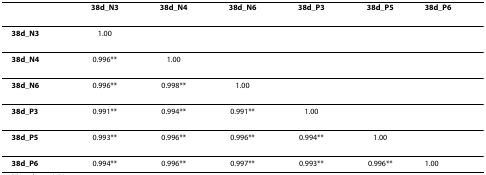
<table><thead><tr><td></td><td><b>38d_N3</b></td><td><b>38d_N4</b></td><td><b>38d_N6</b></td><td><b>38d_P3</b></td><td><b>38d_P5</b></td><td><b>38d_P6</b></td></tr></thead><tbody><tr><td><b>38d_N3</b></td><td>1.00</td><td></td><td></td><td></td><td></td><td></td></tr><tr><td><b>38d_N4</b></td><td>0.996**</td><td>1.00</td><td></td><td></td><td></td><td></td></tr><tr><td><b>38d_N6</b></td><td>0.996**</td><td>0.998**</td><td>1.00</td><td></td><td></td><td></td></tr><tr><td><b>38d_P3</b></td><td>0.991**</td><td>0.994**</td><td>0.991**</td><td>1.00</td><td></td><td></td></tr><tr><td><b>38d_P5</b></td><td>0.993**</td><td>0.996**</td><td>0.996**</td><td>0.994**</td><td>1.00</td><td></td></tr><tr><td><b>38d_P6</b></td><td>0.994**</td><td>0.996**</td><td>0.997**</td><td>0.993**</td><td>0.996**</td><td>1.00</td></tr></tbody></table>